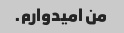
من امیدوارم.